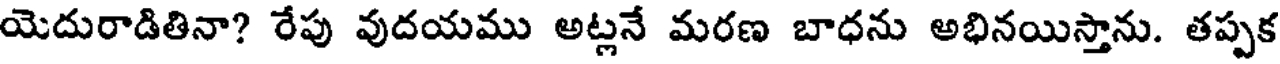
యెదురాడితినా? రేపు వుదయము అట్లనే మరణ బాధను అభినయిస్తాను. తప్పక